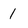
Character: 1